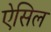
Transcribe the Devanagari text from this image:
ऐसिल